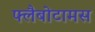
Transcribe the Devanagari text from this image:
फ्लैबोटामस